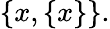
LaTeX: \{ x,\{ x\} \} .